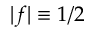
| f | \equiv 1 / 2